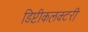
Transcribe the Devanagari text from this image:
डिप्टीकलक्टरी